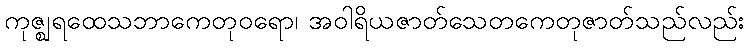
ကုဇ္ဈရထေသဘာကေတုဝရော၊ အဝါရိယဇာတ်သေတကေတုဇာတ်သည်လည်း